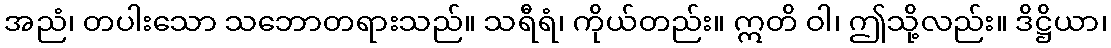
အညံ၊ တပါးသော သဘောတရားသည်။ သရီရံ၊ ကိုယ်တည်း။ ဣတိ ဝါ၊ ဤသို့လည်း။ ဒိဋ္ဌိယာ၊